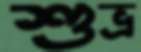
শুভ্র